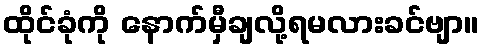
ထိုင်ခုံကို နောက်မှီချလို့ရမလားခင်ဗျာ။